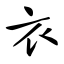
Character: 衣